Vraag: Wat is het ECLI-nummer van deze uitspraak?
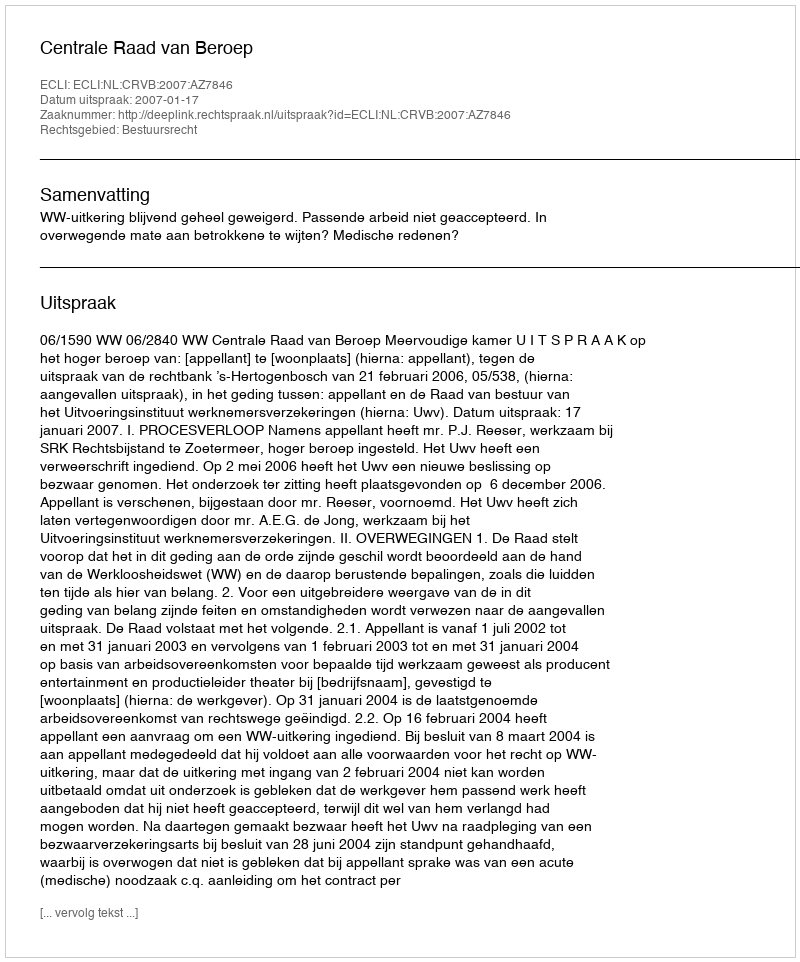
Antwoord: ECLI:NL:CRVB:2007:AZ7846